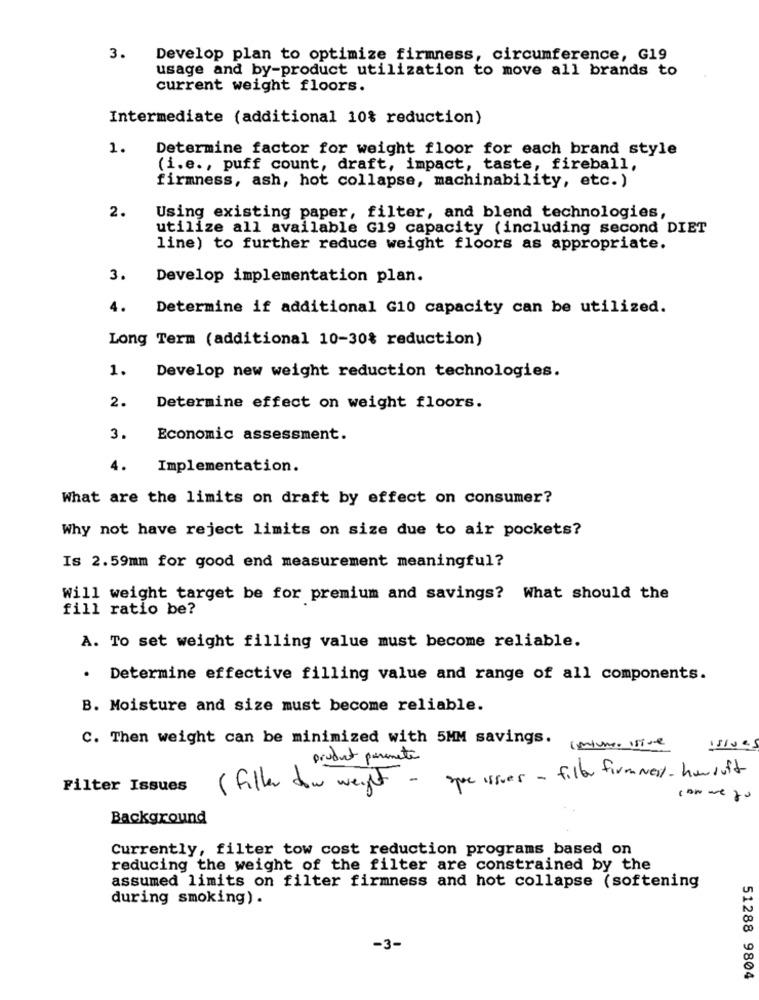
3.
Develop plan to optimize firmness, circumference, G19
usage and by-product utilization to move all brands to
current weight floors.
Intermediate (additional 10% reduction)
1.
Determine factor for weight floor for each brand style
(i.e ., puff count, draft, impact, taste, fireball,
firmness, ash, hot collapse, machinability, etc.)
2.
Using existing paper, filter, and blend technologies,
utilize all available G19 capacity (including second DIET
line) to further reduce weight floors as appropriate.
3.
Develop implementation plan.
4.
Determine if additional G10 capacity can be utilized.
Long Term (additional 10-30% reduction)
1.
Develop new weight reduction technologies.
2.
Determine effect on weight floors.
3.
Economic assessment.
4.
Implementation.
What are the limits on draft by effect on consumer?
Why not have reject limits on size due to air pockets?
Is 2.59mm for good end measurement meaningful?
Will weight target be for premium and savings? What should the
fill ratio be?
A. To set weight filling value must become reliable.
. Determine effective filling value and range of all components.
B. Moisture and size must become reliable.
C. Then weight can be minimized with 5MM savings.
intum Istve
issues
product puramente
spor issues - fill firm Ness- how soft
Filter Issues
( Filler dow weight -
comme zo
Background
Currently, filter tow cost reduction programs based on
reducing the weight of the filter are constrained by the
assumed limits on filter firmness and hot collapse (softening
during smoking) .
-3-
51288 9804